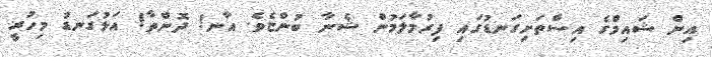
އިން ޝައިމްގެ އިސްތަށިގަނޑުގައި ފިރުމާލަމުން ޝެނާ ބުންޏެވެ. އާނ! ދޮންތާ! އަޅުގަނޑު މިހުރީ